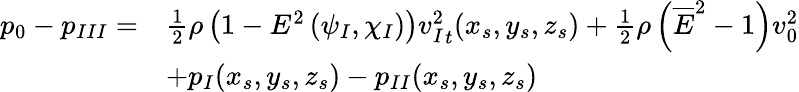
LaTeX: \begin{array}{rl}{p_{0}-p_{III}=}&{\frac{1}{2}\rho\left(1-E^{2}\left(\psi_{I},\chi_{I}\right)\right){v_{I}^{2}}_{t}(x_{s},y_{s},z_{s})+\frac{1}{2}\rho\left(\overline{{E}}^{2}-1\right)v_{0}^{2}}\\ &{+p_{I}(x_{s},y_{s},z_{s})-p_{II}(x_{s},y_{s},z_{s})}\end{array}